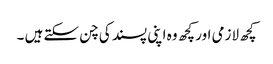
کچھ لازمی اور کچھ وہ اپنی پسند کی چن سکتے ہیں ۔